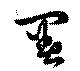
署